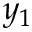
y _ { 1 }